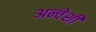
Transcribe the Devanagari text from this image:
अन्वेशी